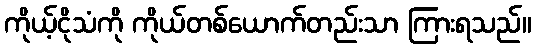
ကိုယ့်ငိုသံကို ကိုယ်တစ်ယောက်တည်းသာ ကြားရသည်။